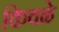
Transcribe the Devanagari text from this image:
किवळे